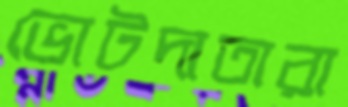
ভোটদাতারা